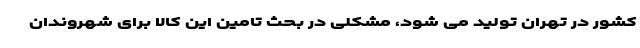
کشور در تهران تولید می شود، مشکلی در بحث تامین این کالا برای شهروندان